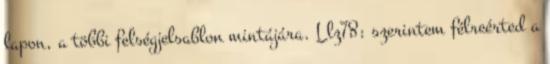
lapon, a többi felségjelsablon mintájára. Llz78: szerintem félreérted a